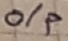
Text: o/p